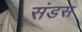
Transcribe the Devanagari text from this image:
संडस